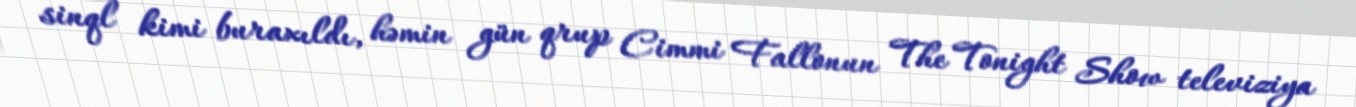
sinql kimi buraxıldı, həmin gün qrup Cimmi Fallonun The Tonight Show televiziya